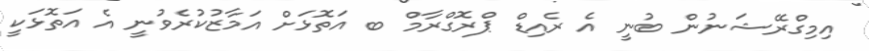
އިމިގްރޭޝަނުން ބުނީ އެ ރެއިޑް ޕްރޮގްރާމް ބ އަތޮޅަށް އަމާޒުކުރެވުނީ އެ އަތޮޅަކީ